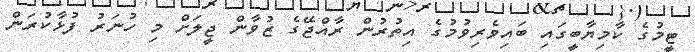
ޓީމުގެ ކާމިޔާބީގައި ބައިވެރިވުމުގެ އިތުރުން ރާއްޖޭގެ ޒުވާން ޖީލަށް މި ހުނަރު ފުޅާކުރަން